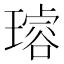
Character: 𤩅